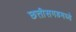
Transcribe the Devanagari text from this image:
छत्तीसगडमध्ये